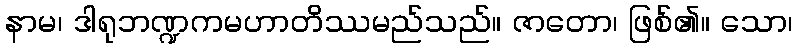
နာမ၊ ဒါရုဘဏ္ဍကမဟာတိဿမည်သည်။ ဇာတော၊ ဖြစ်၏။ သော၊